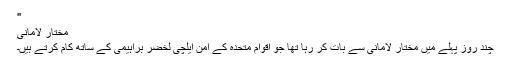
"
مختار لامانی
چند روز پہلے میں مختار لامانی سے بات کر رہا تھا جو اقوامِ متحدہ کے امن ایلچی لخضر براہیمی کے ساتھ کام کرتے ہیں۔